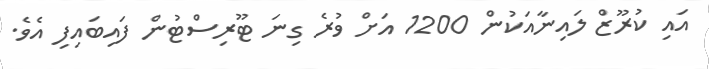
އައި ކުރޫޒް ލައިނާއަކުން 1200 އަށް ވުރެ ގިނަ ޓޫރިސްޓުން ފައިބައިފި އެވެ.